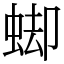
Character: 䖼